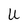
Character: U